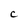
Character: C